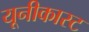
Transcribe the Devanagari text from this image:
यूनीकास्ट